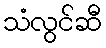
သံလွင်ဆီ